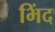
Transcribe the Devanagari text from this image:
भिंद